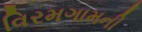
વિરમગામની